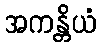
အကန္တိယံ